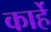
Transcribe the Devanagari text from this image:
कार्हे